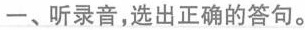
一、听录音,选出正确的答句。